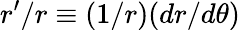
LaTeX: r^{\prime}/r\equiv(1/r)(dr/d\theta)